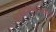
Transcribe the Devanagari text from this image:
चित्रपटांतूनदेखील